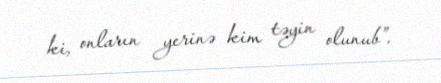
ki, onların yerinə kim təyin olunub”.